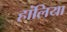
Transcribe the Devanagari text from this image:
हांलिया